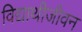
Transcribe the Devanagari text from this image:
विद्याथीजीवन